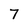
Character: 7